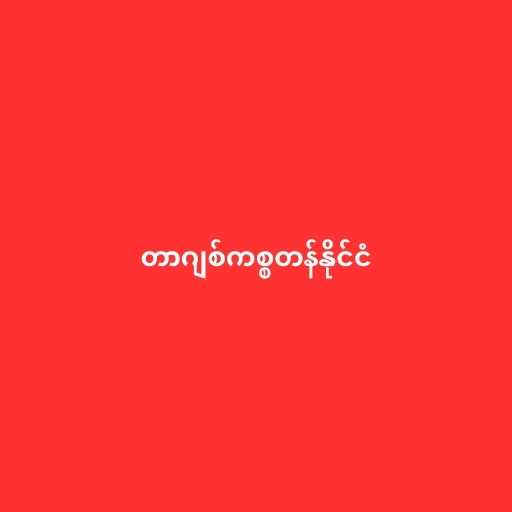
တာဂျစ်ကစ္စတန်နိုင်ငံ